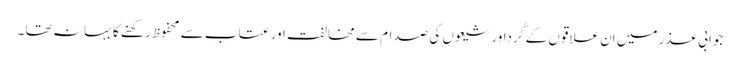
جوابی عذر میں اِن علاقوں کے کُرداور شیعوں کی صدام سے مخالفت اور عتاب سے محفوظ رکھنے کا بہانہ تھا ۔